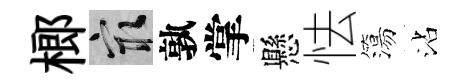
榔冣孰掌懸怯簜沾